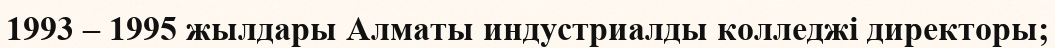
1993 – 1995 жылдары Алматы индустриалды колледжі директоры;